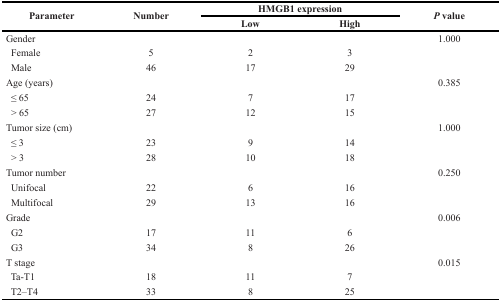
| <ROWSPAN=2> Parameter | <ROWSPAN=2> Number | <COLSPAN=2> HMGB1 expression | <ROWSPAN=2> P value |
 | Low | High |
 | --- | --- | --- | --- | --- |
 | Gender |  |  |  | 1.000 |
 | Female | 5 | 2 | 3 |  |
 | Male | 46 | 17 | 29 |  |
 | Age (years) |  |  |  | 0.385 |
 | ≤ 65 | 24 | 7 | 17 |  |
 | > 65 | 27 | 12 | 15 |  |
 | Tumor size (cm) |  |  |  | 1.000 |
 | ≤ 3 | 23 | 9 | 14 |  |
 | > 3 | 28 | 10 | 18 |  |
 | Tumor number |  |  |  | 0.250 |
 | Unifocal | 22 | 6 | 16 |  |
 | Multifocal | 29 | 13 | 16 |  |
 | Grade |  |  |  | 0.006 |
 | G2 | 17 | 11 | 6 |  |
 | G3 | 34 | 8 | 26 |  |
 | T stage |  |  |  | 0.015 |
 | Ta-T1 | 18 | 11 | 7 |  |
 | T2–T4 | 33 | 8 | 25 |  |